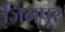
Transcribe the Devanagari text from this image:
जिनपूर